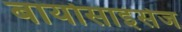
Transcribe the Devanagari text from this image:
बायोसाइंसेज